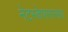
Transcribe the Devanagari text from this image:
नेटस्केपसारख्या